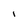
Character: I